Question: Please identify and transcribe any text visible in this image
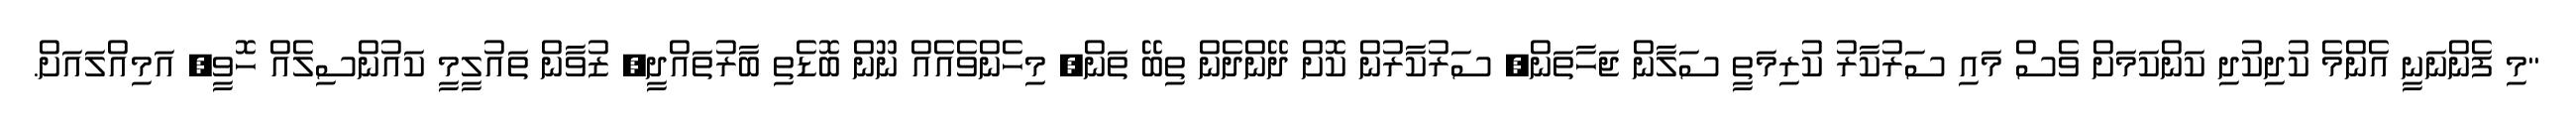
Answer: "މި ފެންނަނީ އެންމެ ކުދިކުދި ކަންކަމަށް ވެސް މައި ސަރުކާރު ކުރިމަތީ ސަލާން ޖަހާތަން, ސަރުކާރުން ކޮށް ދޭންދެން ތިބޭ ތަން, މިހެންވެއެއް ނޫން ބޮޑެތި ބާރުތައްދީ, ޒުވާން ތައުލީމީ ކައުންސިލެއް ހޮވީ, އަމިއްލައަށް.